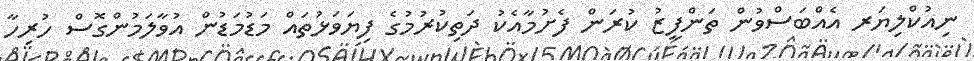
ނިއުކްލިޔަރ އެއްބަސްވުން ތަންފީޒު ކުރަން ފެށުމާއެކު ދަތިކުރުމުގެ ފިޔަވަޅުތައް މަޑުމަޑުން އުވާލަމުންގޮސް ހުރިހާ